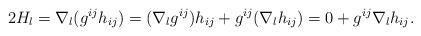
LaTeX: \begin{align*}2H_l = \nabla_l(g^{ij}h_{ij}) = (\nabla_l g^{ij})h_{ij} + g^{ij}(\nabla_l h_{ij}) = 0 + g^{ij}\nabla_l h_{ij}.\end{align*}